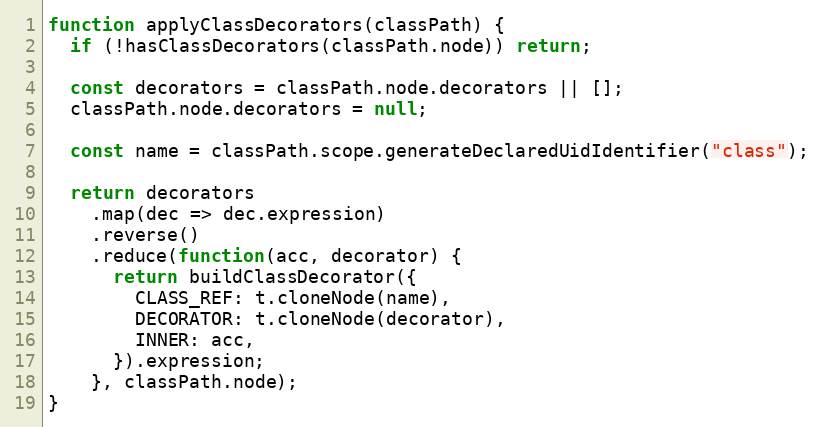
Language: JavaScript
function applyClassDecorators(classPath) {
  if (!hasClassDecorators(classPath.node)) return;

  const decorators = classPath.node.decorators || [];
  classPath.node.decorators = null;

  const name = classPath.scope.generateDeclaredUidIdentifier("class");

  return decorators
    .map(dec => dec.expression)
    .reverse()
    .reduce(function(acc, decorator) {
      return buildClassDecorator({
        CLASS_REF: t.cloneNode(name),
        DECORATOR: t.cloneNode(decorator),
        INNER: acc,
      }).expression;
    }, classPath.node);
}